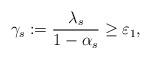
LaTeX: \begin{align*}\gamma_s:= \frac{\lambda_s}{1-\alpha_s} \geq \varepsilon_1, \end{align*}